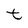
Character: t